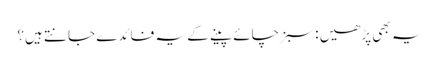
یہ بھی پڑھیں : سبز چائے پینے کے یہ فائدے جانتے ہیں؟